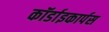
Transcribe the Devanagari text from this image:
कॉर्डाइकार्पस